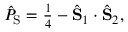
\begin{array} { r } { \hat { P } _ { \mathrm { S } } = \frac { 1 } { 4 } - \hat { \bf S } _ { 1 } \cdot \hat { \bf S } _ { 2 } , } \end{array}